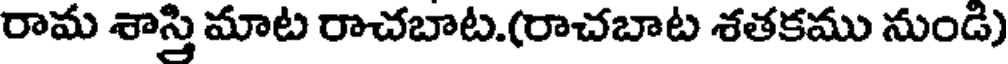
రామ శాస్తి మాట రాచబాట.(రాచబాట శతకము నుండి)